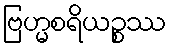
ဗြဟ္မစရိယဉ္စဿ